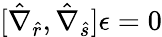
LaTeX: [\hat{\nabla}_{\hat{r}},\hat{\nabla}_{\hat{s}}]\epsilon=0